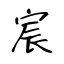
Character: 宸